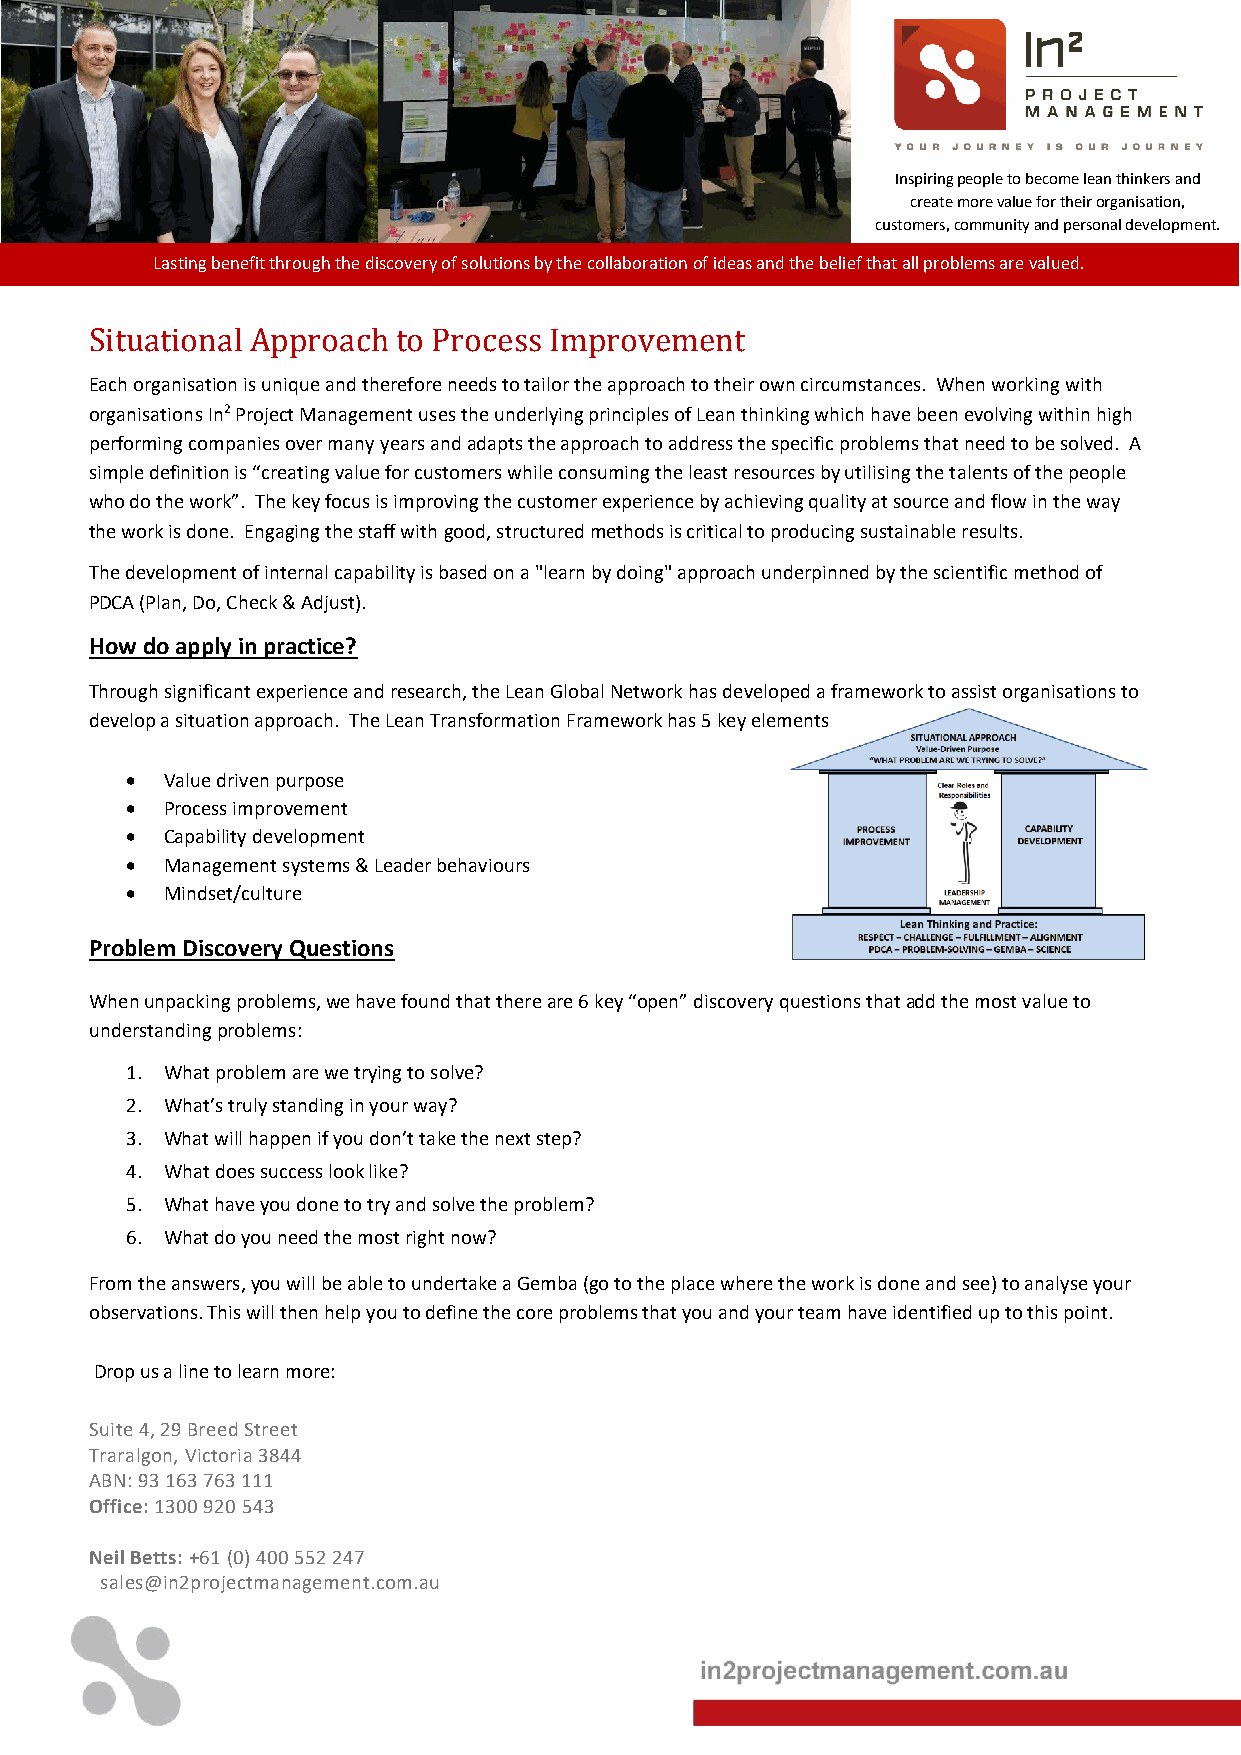
Inspiring people to become lean thinkers and
 create more value for their organisation,
 customers, community and personal development.
 Lasting benefit through the discovery of solutions by the collaboration of ideas and the belief that all problems are valued.
 Situational Approach to Process Improvement
 Each organisation is unique and therefore needs to tailor the approach to their own circumstances. When working with
 organisations In2 Project Management uses the underlying principles of Lean thinking which have been evolving within high
 performing companies over many years and adapts the approach to address the specific problems that need to be solved. A
 simple definition is “creating value for customers while consuming the least resources by utilising the talents of the people
 who do the work”. The key focus is improving the customer experience by achieving quality at source and flow in the way
 the work is done. Engaging the staff with good, structured methods is critical to producing sustainable results.
 The development of internal capability is based on a "learn by doing" approach underpinned by the scientific method of
 PDCA (Plan, Do, Check & Adjust).
 How do apply in practice?
 Through significant experience and research, the Lean Global Network has developed a framework to assist organisations to
 develop a situation approach. The Lean Transformation Framework has 5 key elements
 •  Value driven purpose
 •  Process improvement
 •  Capability development
 •  Management systems & Leader behaviours
 •  Mindset/culture
 Problem Discovery Questions
 When unpacking problems, we have found that there are 6 key “open” discovery questions that add the most value to
 understanding problems:
 1. What problem are we trying to solve?
 2. What’s truly standing in your way?
 3. What will happen if you don’t take the next step?
 4. What does success look like?
 5. What have you done to try and solve the problem?
 6. What do you need the most right now?
 From the answers, you will be able to undertake a Gemba (go to the place where the work is done and see) to analyse your
 observations. This will then help you to define the core problems that you and your team have identified up to this point.
 Drop us a line to learn more:
 Suite 4, 29 Breed Street
 Traralgon, Victoria 3844
 ABN: 93 163 763 111
 Office: 1300 920 543
 Neil Betts: +61 (0) 400 552 247
 sales@in2projectmanagement.com.au